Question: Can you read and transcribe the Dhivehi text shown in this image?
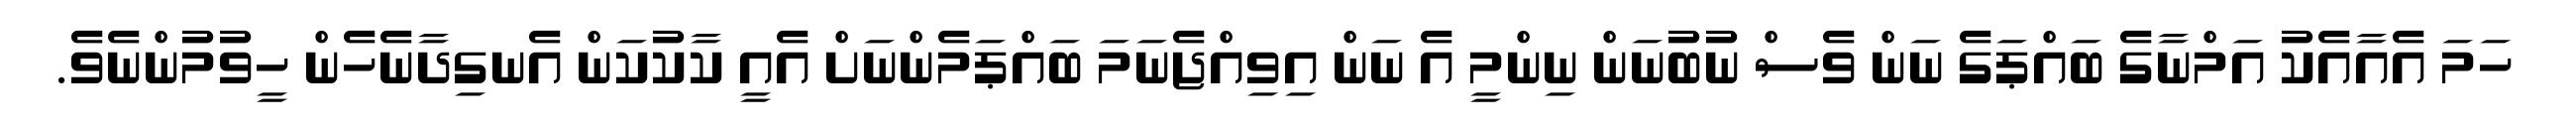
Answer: ހަމަ އެއާއެކު އަމްނާގެ ބައްޕަގެ ނަން ވެސް ނުބުނަން ނިންމީ އެ ނަން އިވިއްޖެނަމަ ބައްޕަމެންނަށް އެއީ ކާކުކަން އެނގިދާނެހެން ހީވުމުންނެވެ.